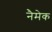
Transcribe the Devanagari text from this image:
नैमेक